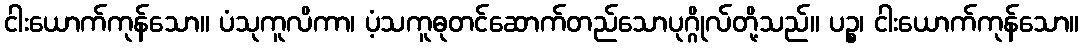
ငါးယောက်ကုန်သော။ ပံသုကူလိကာ၊ ပံ့သကူဓုတင်ဆောက်တည်သောပုဂ္ဂိုလ်တို့သည်။ ပဉ္စ၊ ငါးယောက်ကုန်သော။